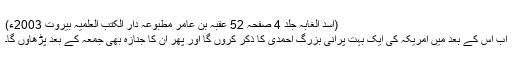
(اسد الغابہ جلد 4 صفحہ 52 عُقْبَہ بن عامرؓ مطبوعہ دار الکتب العلمیہ بیروت 2003ء)
اب اس کے بعد مَیں امریکہ کی ایک بہت پرانی بزرگ احمدی کا ذکر کروں گا اور پھر ان کا جنازہ بھی جمعہ کے بعد پڑھاؤں گا۔